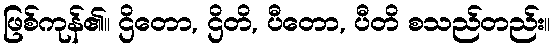
ဖြစ်ကုန်၏။ ဌိတော, ဌိတိ, ပီတော, ပီတိ စသည်တည်း။